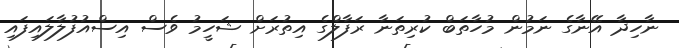
ނާހިދާ އޭނާގެ ނަމުން މުހާތަބް ކުރިތަނާ ރަފާލްގެ އިތުރަށް ޝަހީމު ވެސް އިސްއުފުލާލައިފައި